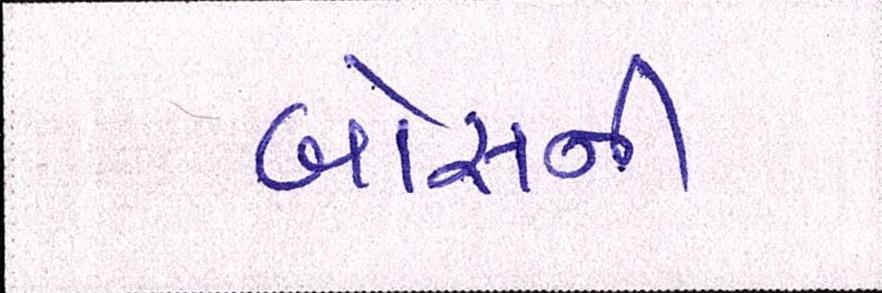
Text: બોસની